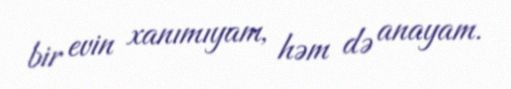
bir evin xanımıyam, həm də anayam.